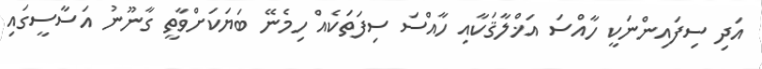
އަދި ސިފައިންނަކީ ހާއްސަ އަޚްލާޤަކާއި ހާއްސަ ސިފަތަކެއް ހިމެނޭ ބަޔަކަށްވާތީ ގާނޫނު އަސާސީގައި